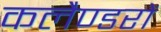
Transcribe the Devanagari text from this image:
कलैण्डरों